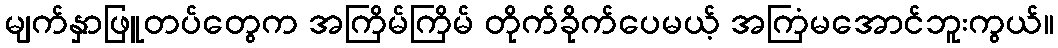
မျက်နှာဖြူတပ်တွေက အကြိမ်ကြိမ် တိုက်ခိုက်ပေမယ့် အကြံမအောင်ဘူးကွယ်။